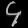
Digit: ၄